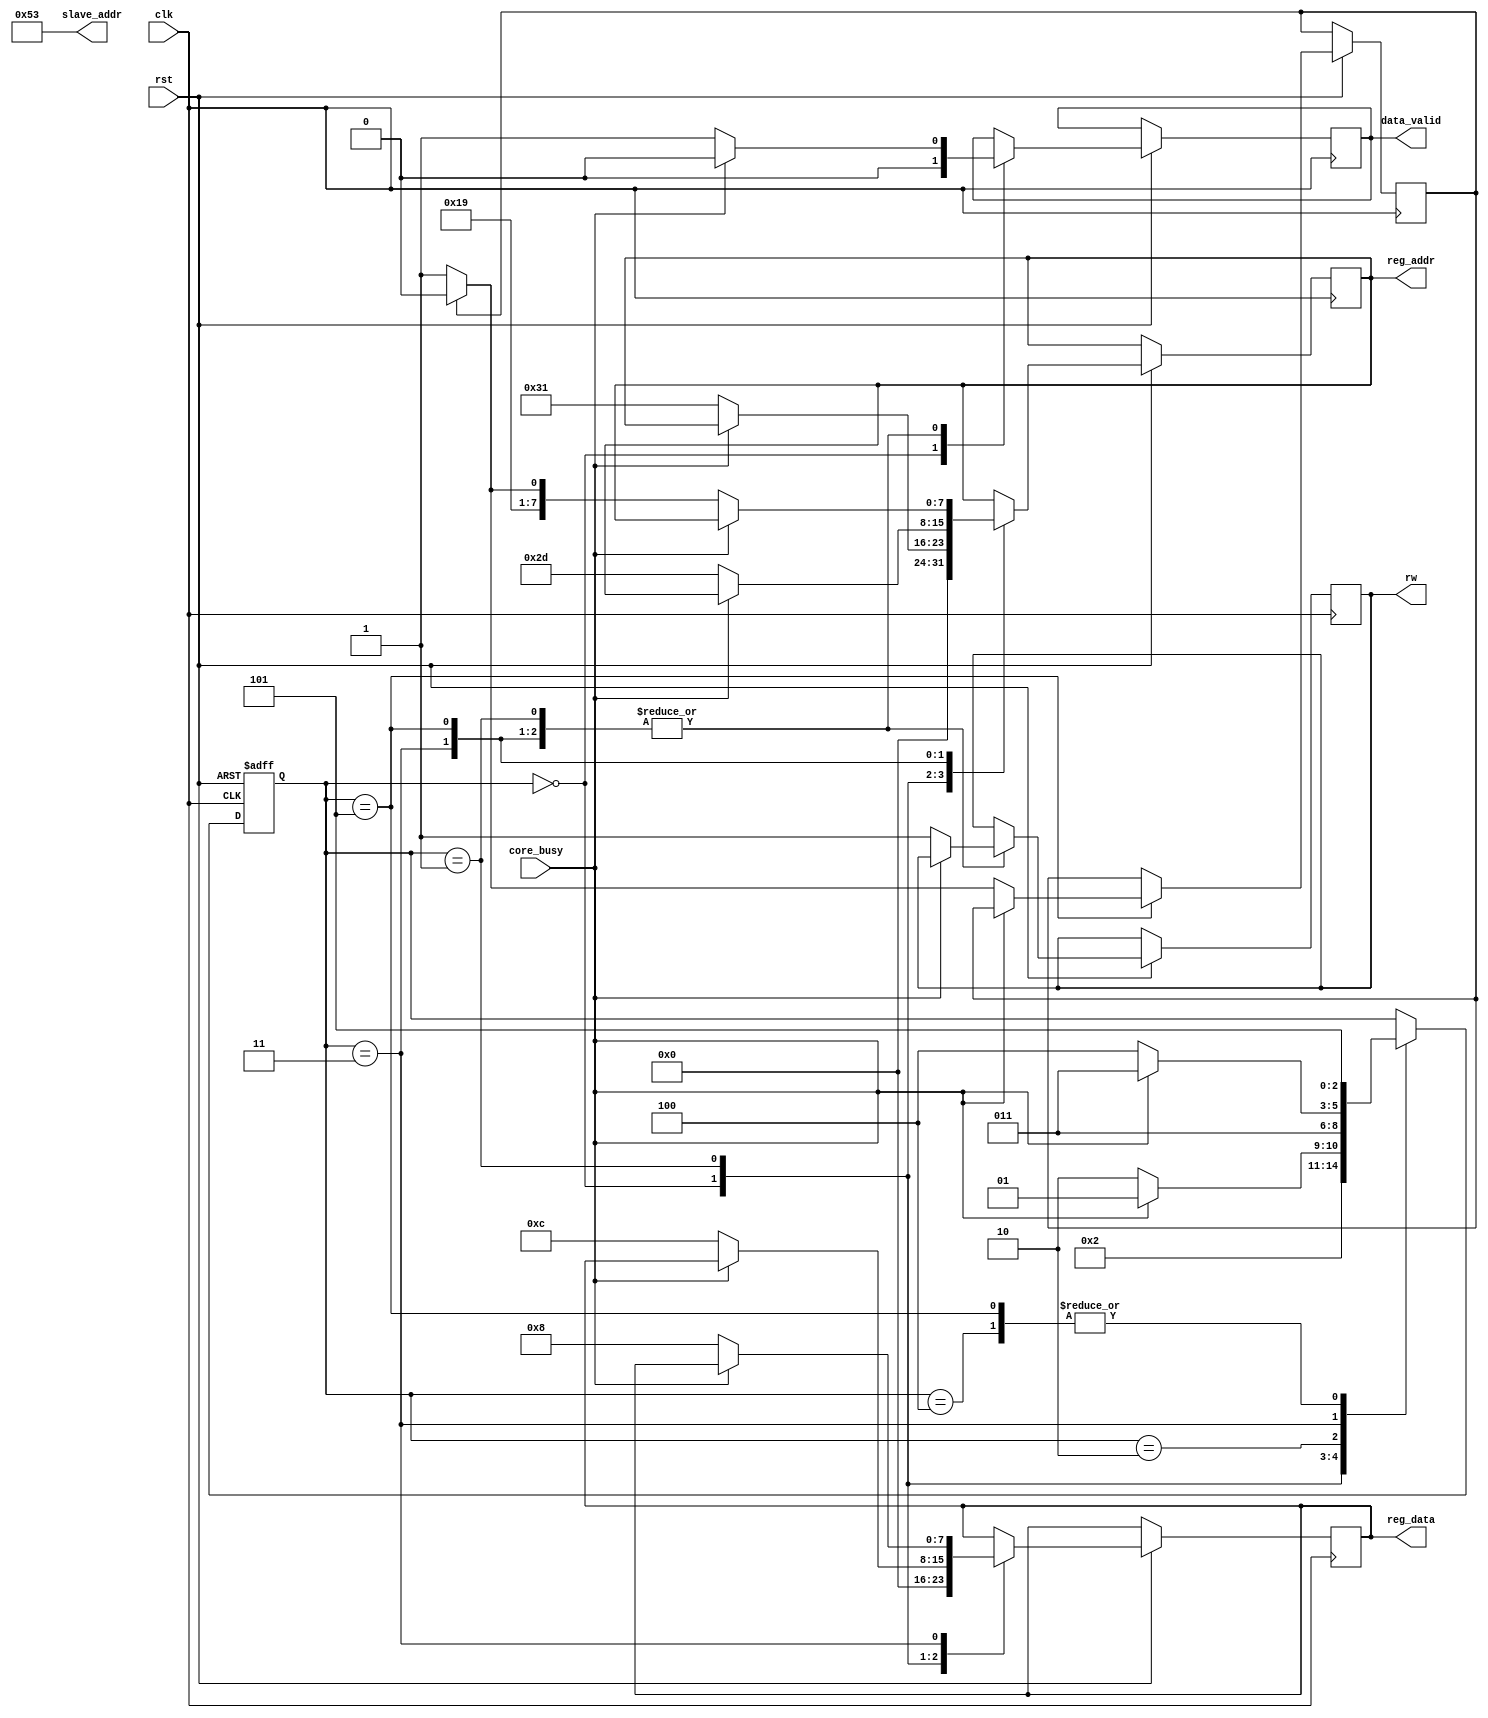

module I2C_Control(
		input clk,
		input rst,
		input core_busy,
		output data_valid,
		output rw,
		output wire [6:0]slave_addr,
		output wire [7:0]reg_addr,
		output wire [7:0]reg_data);
	parameter IDLE = 3'b000;
	parameter SET_RESOLUTION = 3'b001;
	parameter WAIT_1_CYCLE_1 = 3'b010;
	parameter START_OPERATION = 3'b011;
	parameter WAIT_1_CYCLE_2 = 3'b100;
	parameter READ_DATA = 3'b101;
	reg [2:0]r_state = IDLE;
	reg r_data_valid = 0;
	reg r_rw = 0;
	reg flag = 0;
	// for setting resolution data_format register with data 00001100 address 49
	// for start operation power_ctl register with data 00001000 address 45
	// for reading data two registers 50, 51
	reg [6:0]r_slave_addr = 83;
	reg [7:0]r_reg_addr = 0;
	reg [7:0]r_reg_data = 0;
	
	assign rw = r_rw;// read data from accelerometer
	assign data_valid = r_data_valid;
	assign slave_addr = r_slave_addr;
	assign reg_addr = r_reg_addr;
	assign reg_data = r_reg_data;
	
	always @(posedge clk, negedge rst)
		begin
			if (rst == 0)
				begin
					r_state = IDLE;
				end
			else
				begin
					case(r_state)
							IDLE :
								begin
									r_reg_addr <= 0;
									r_reg_data <= 0;
									r_data_valid <= 0;
									r_state = SET_RESOLUTION;
								end
							SET_RESOLUTION :
								begin
									if (core_busy == 0)
										begin
											r_data_valid = 1;
											r_rw = 1;
											r_reg_addr = 49;
											r_reg_data = 8'b00001100;
											r_state = WAIT_1_CYCLE_1;
										end
									else
										begin
											r_data_valid <= 0;
											r_state = SET_RESOLUTION;
										end
								end
							WAIT_1_CYCLE_1 :
								begin
									r_state = START_OPERATION;
								end
							START_OPERATION :
								begin
									if (core_busy == 0)
										begin
											r_data_valid = 1;
											r_rw = 1;
											r_reg_addr = 45;
											r_reg_data = 8'b00001000;
											r_state = WAIT_1_CYCLE_2;
										end
									else
										begin
											r_data_valid <= 0;
											r_state = START_OPERATION;
										end
								end
							WAIT_1_CYCLE_2 :
								begin
									r_state = READ_DATA;
								end
							READ_DATA :
								begin
									if (core_busy == 0)
										begin
											r_data_valid = 1;
											r_rw = 1;
											if (flag == 0)
												begin
													r_reg_addr = 51;
													flag = 1;
												end
											else
												begin
													r_reg_addr = 50;
													flag = 0;
												end
										end
									else
										r_data_valid <= 0;
									r_state = READ_DATA;
								end
					endcase
				end
		end
endmodule